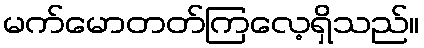
မက်မောတတ်ကြလေ့ရှိသည်။